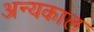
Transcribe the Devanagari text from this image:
अन्यकाल